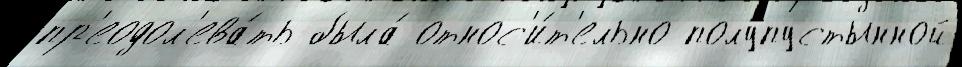
пр'еодол'ева́ть была́ относ'и́т'ельно полупустынной